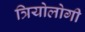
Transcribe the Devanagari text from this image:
त्रियोलोगी